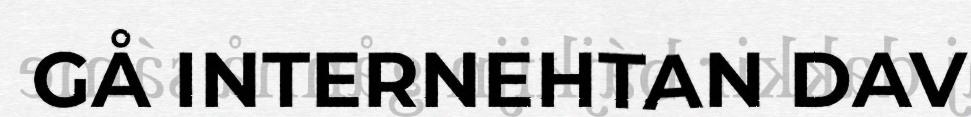
GÅ INTERNEHTAN DAV